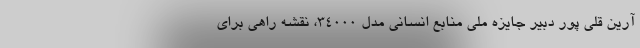
آرین قلی پور دبیر جایزه ملی منابع انسانی مدل 34000، نقشه راهی برای